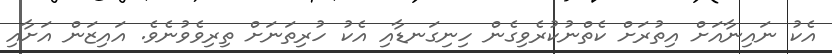
އެކު ނައިނާއަށް އިތުރަށް ކެތްނުކުރެވިގެން ހިނިގަނޑާއި އެކު ހުރިތަނަށް ތިރިވެވުނެވެ. އައިޒަން އަށާއި